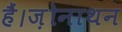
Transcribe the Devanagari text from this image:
हैं।ज़ोनाथन